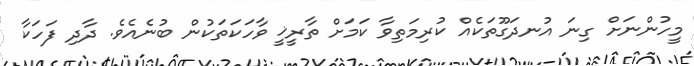
މީހުންނަށް ގިނަ އުނދަގޫތަކެއް ކުރިމަތިވާ ކަމަށް ތާރީޚީ ވާހަކަތަކުން ބުނެއެވެ. ދާދި ފަހަކާ